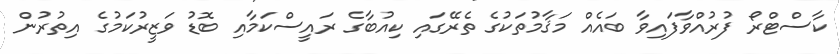
ކާސްޓްރޯ ފުރުއްވާފައިވާ ބައެއް މަޤާމުތަކުގެ ތެރޭގައި ކިއުބާގެ ރައީސްކަމާއި ބޮޑު ވަޒީރުކަމުގެ އިތުރުން